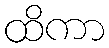
ထိကာ